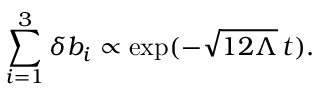
\sum _ { i = 1 } ^ { 3 } \delta b _ { i } \propto \exp ( - \sqrt { 1 2 \Lambda } \, t ) .